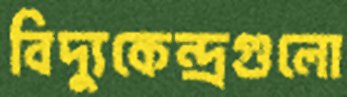
বিদ্যুকেন্দ্রগুলো